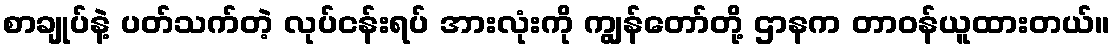
စာချုပ်နဲ့ ပတ်သက်တဲ့ လုပ်ငန်းရပ် အားလုံးကို ကျွန်တော်တို့ ဌာနက တာဝန်ယူထားတယ်။